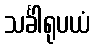
သင်္ခါရုပယံ